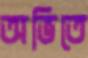
অভিতে